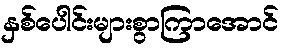
နှစ်ပေါင်းများစွာကြာအောင်